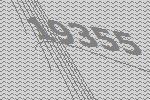
19355